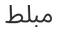
مبلط